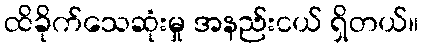
ထိခိုက်သေဆုံးမှု အနည်းငယ် ရှိတယ်။